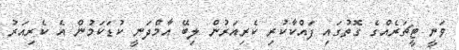
ވަނީ ޓީޗަރެއްގެ ގޮތުގައި ފައްކާކުރި ކެރިއަރުން ލިބޭ އާމްދަނީ ކުޑަކަމުން އެ ކެރިއަރު